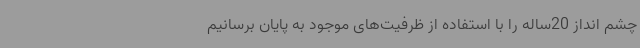
چشم انداز 20ساله را با استفاده از ظرفیت‌های موجود به پایان برسانیم